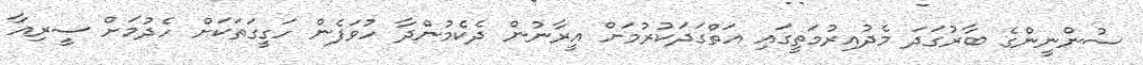
ސުންނީންގެ ބާރުގަދަ މެދުއިރުމަތީގައި އަތްގަދަކުރުމަށް އީރާނުން ދެކެމުންދާ ހުވަފެން ހަގީގަތަކަށް ހެދުމަށް ސީރިއާ